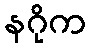
နဂိုက